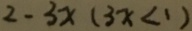
2 - 3 x ( 3 x < 1 )